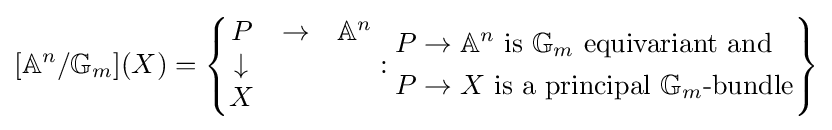
[\mathbb {A} ^{n}/\mathbb {G} _{m}](X)=\left\{{\begin{matrix}P&\to &\mathbb {A} ^{n}\\\downarrow &&\\X\end{matrix}}:{\begin{aligned}&P\to \mathbb {A} ^{n}{\text{ is }}\mathbb {G} _{m}{\text{ equivariant and}}\\&P\to X{\text{ is a principal }}\mathbb {G} _{m}{\text{-bundle}}\end{aligned}}\right\}